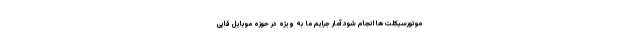
موتورسیکلت ها انجام شود آمار جرایم ما به ویژه در حوزه موبایل قاپی